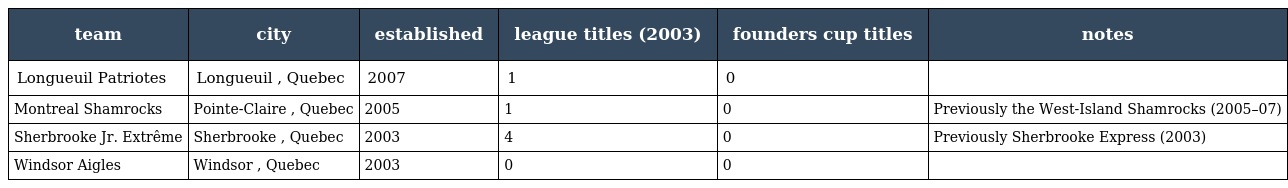
| team | city | established | league titles (2003) | founders cup titles | notes |
 | --- | --- | --- | --- | --- | --- |
 | Longueuil Patriotes | Longueuil , Quebec | 2007 | 1 | 0 |  |
 | Montreal Shamrocks | Pointe-Claire , Quebec | 2005 | 1 | 0 | Previously the West-Island Shamrocks (2005–07) |
 | Sherbrooke Jr. Extrême | Sherbrooke , Quebec | 2003 | 4 | 0 | Previously Sherbrooke Express (2003) |
 | Windsor Aigles | Windsor , Quebec | 2003 | 0 | 0 |  |